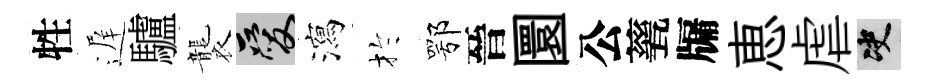
牲遅驢襲爱瀉扵鄂晉圜公甆牖恵虐决